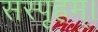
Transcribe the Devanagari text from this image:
सस्पृहम्।